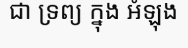
ជា ទ្រព្យ ក្នុង អំឡុង